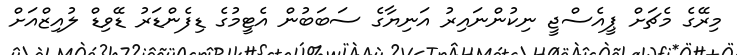
މިރޭގެ މެޗަށް ޕީއެސްޖީ ނިކުންނައިރު އަނިޔާގެ ސަބަބުން އެޓީމުގެ ޑިފެންޑަރު ޑޭވިޑް ލުއިޒްއަށް